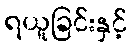
ရယူခြင်းနှင့်